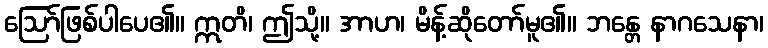
ဩော်ဖြစ်ပါပေ၏။ ဣတိ၊ ဤသို့။ အာဟ၊ မိန့်ဆိုတော်မူ၏။ ဘန္တေ နာဂသေနာ၊